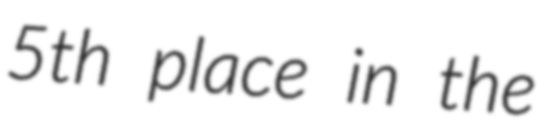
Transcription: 5th place in the